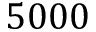
5 0 0 0